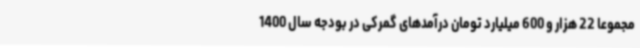
مجموعا 22 هزار و 600 میلیارد تومان درآمدهای گمرکی در بودجه سال 1400